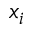
x _ { i }